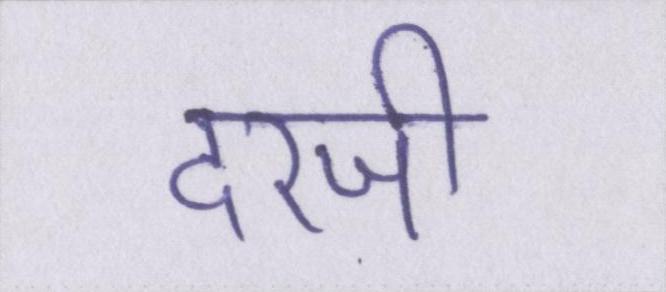
दरजी